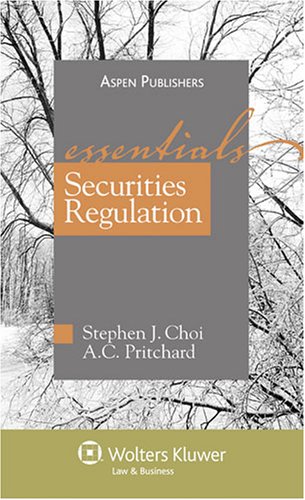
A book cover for Securities Regulations: The Essentials; Stephen J. Choi; Law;